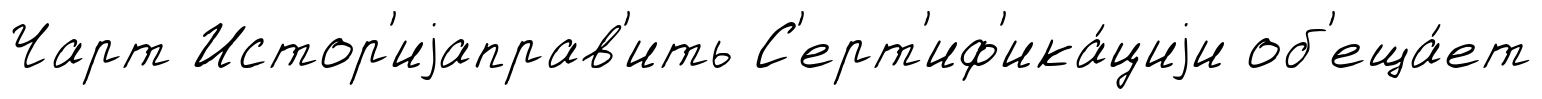
Чарт Истор'иjаправ'ить С'ерт'иф'ика́циjи об'еща́ет